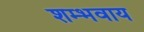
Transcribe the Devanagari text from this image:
शम्भवाय